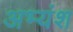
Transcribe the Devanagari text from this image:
अभ्यंश